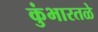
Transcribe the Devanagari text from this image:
कुंभारतळे